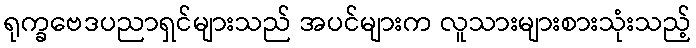
ရုက္ခဗေဒပညာရှင်များသည် အပင်များက လူသားများစားသုံးသည့်